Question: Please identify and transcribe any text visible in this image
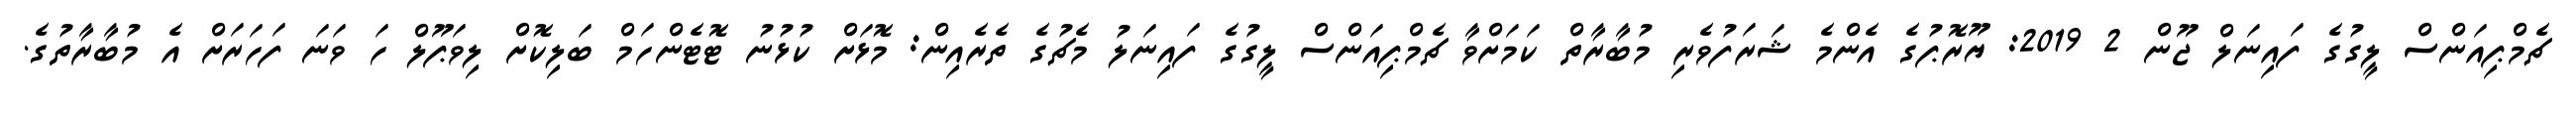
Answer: ޗެމްޕިއަންސް ލީގުގެ ފައިނަލް ޖޫން 2 2019: ޔޫރޮޕުގެ އެންމެ ޝަރަފުވެރި މުބާރާތް ކަމަށްވާ ޗެމްޕިއަންސް ލީގުގެ ފައިނަލު މެޗުގެ ތެރެއިން: މޮޅަށް ކުޅުނު ޓޮޓެންހަމް ބަލިކޮށް ލިވަޕޫލް ހަ ވަނަ ފަހަރަށް އެ މުބާރާތުގެ.